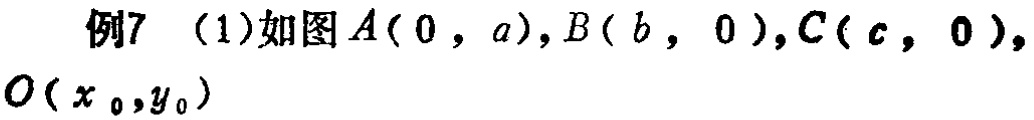
例7 （1）如图\(A(0,a),B(b,0),C(c,0),O(x_0,y_0)\)